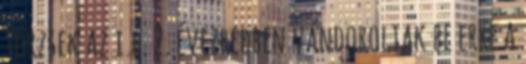
törzsek az i.e. 2. évezredben vándoroltak be erre a